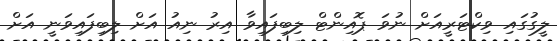
ލީގުގައި ވިކްޓަރީއަށް ނުވަ ޕޮއިންޓް ލިބިފައިވާ އިރު ނިއު އަށް ލިބިފައިވަނީ އަށް